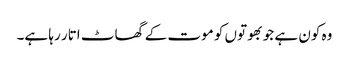
وہ کون ہے جو بھوتوں کو موت کے گھاٹ اتار رہا ہے۔